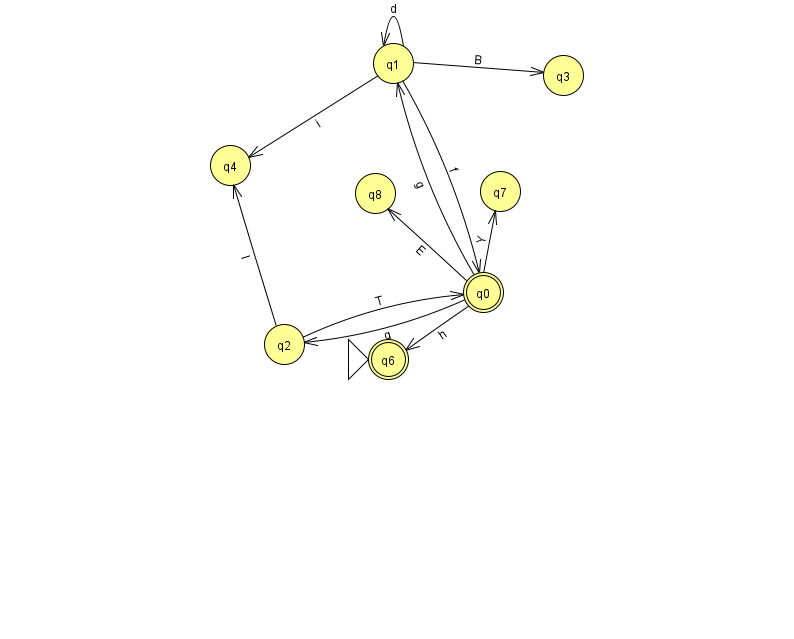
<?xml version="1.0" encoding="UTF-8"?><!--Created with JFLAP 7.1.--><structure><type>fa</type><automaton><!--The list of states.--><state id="0" name="q0"><x>483.0</x><y>279.0</y><final/></state><state id="1" name="q1"><x>393.0</x><y>50.0</y></state><state id="2" name="q2"><x>284.0</x><y>331.0</y></state><state id="3" name="q3"><x>563.0</x><y>62.0</y></state><state id="4" name="q4"><x>230.0</x><y>152.0</y></state><state id="6" name="q6"><x>388.0</x><y>346.0</y><initial/><final/></state><state id="7" name="q7"><x>500.0</x><y>178.0</y></state><state id="8" name="q8"><x>375.0</x><y>180.0</y></state><!--The list of transitions.--><transition><from>2</from><to>4</to><read>I</read></transition><transition><from>0</from><to>6</to><read>h</read></transition><transition><from>1</from><to>1</to><read>d</read></transition><transition><from>0</from><to>7</to><read>Y</read></transition><transition><from>1</from><to>0</to><read>f</read></transition><transition><from>0</from><to>1</to><read>g</read></transition><transition><from>1</from><to>4</to><read>i</read></transition><transition><from>0</from><to>2</to><read>q</read></transition><transition><from>1</from><to>3</to><read>B</read></transition><transition><from>2</from><to>0</to><read>T</read></transition><transition><from>0</from><to>8</to><read>E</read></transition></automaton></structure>